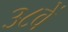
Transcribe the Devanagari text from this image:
३८वें